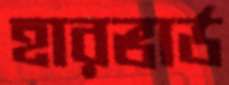
হারভার্ড